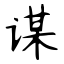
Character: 谋